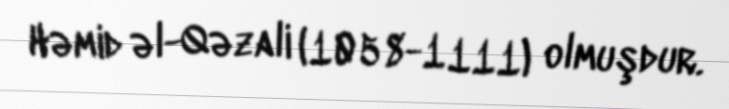
Həmid əl-Qəzali (1058-1111) olmuşdur.